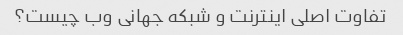
تفاوت اصلی اینترنت و شبکه جهانی وب چیست؟